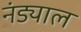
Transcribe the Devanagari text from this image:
नंड्याल